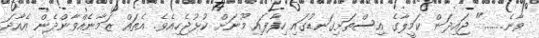
ވާނެ......." ޖައިދަން ކަމީލާގެ އިސްތަށިގަނޑުގައި ހިފާފައި މޫނަށް ކުޅުޖެހިއެވެ. އެތައް ޒަމާނެއްވާންދެން އެއާދަ